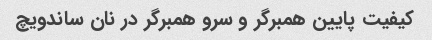
کیفیت پایین همبرگر و سرو همبرگر در نان ساندویچ